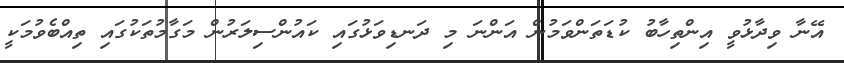
އޭނާ ވިދާޅުވީ އިންތިހާބު ކުޑަތަންވަމުން އަންނަ މި ދަނޑިވަޅުގައި ކައުންސިލަރުން މަގާމުތަކުގައި ތިއްބެވުމަކީ